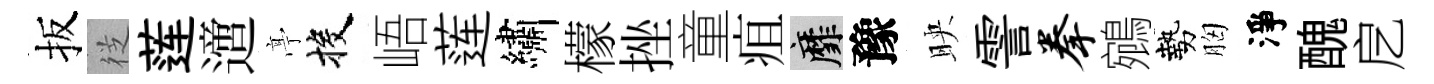
扳徔莲𨗁𠅘投峿莲繡檬挫童疽靡豫映霅拳鵷勢胸淨醜戹